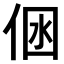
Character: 𠉢